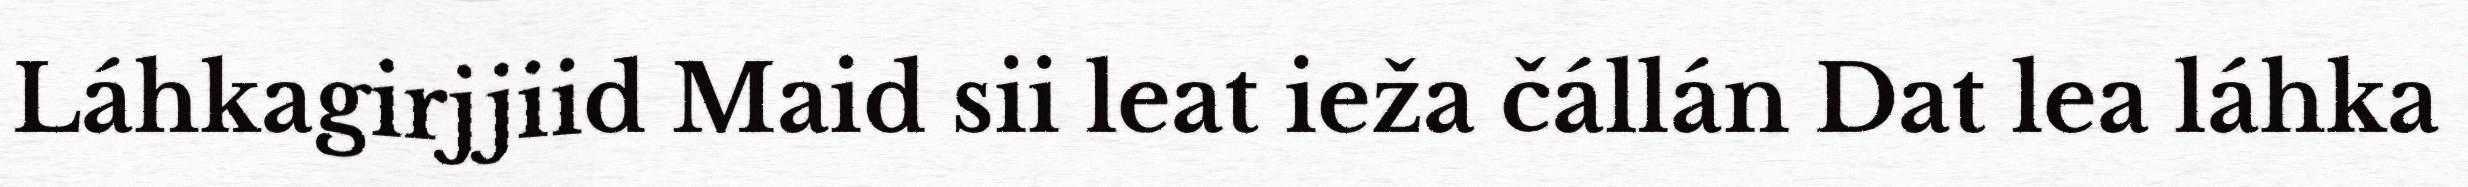
Láhkagirjjiid Maid sii leat ieža čállán Dat lea láhka